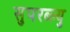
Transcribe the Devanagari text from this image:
सुपरब्ल्यु